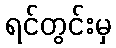
ရင်တွင်းမှ